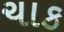
ચાક